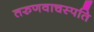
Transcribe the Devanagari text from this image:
तरुणवाचस्पति